Calcutta medical institutions reports 1892-1900
Year: 1892
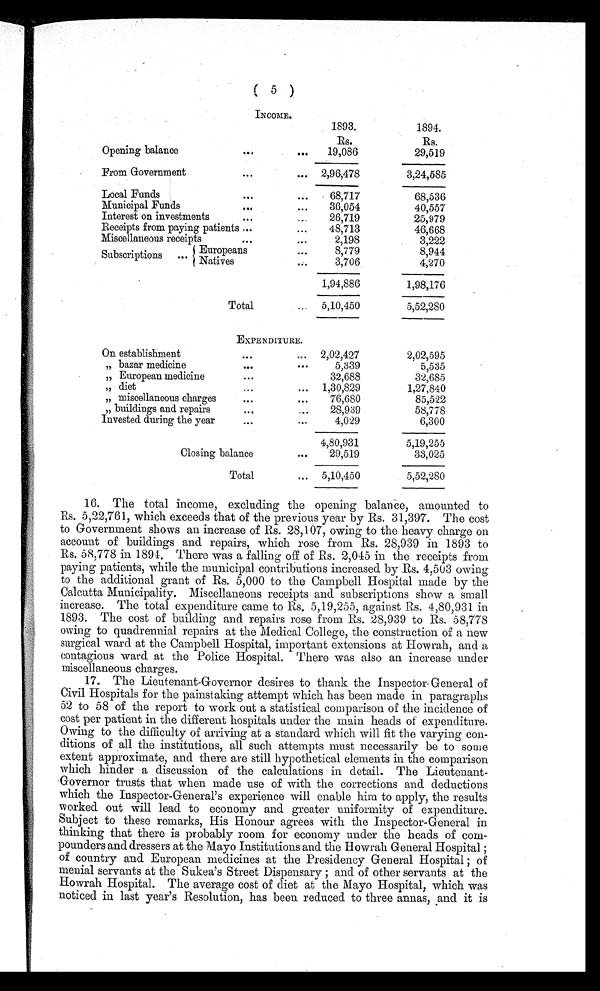
( 5 )
INCOME.
1893.
1894.
Rs.
Rs.
Opening balance
... ...
19,086
29,519
From Government
...
... 2,96,478
3,24,585
Local Funds
...
...
68,717
68,536
Municipal Funds
...
...
36,054
40,557
Interest on investments
... ...
26,719
25,979
Receipts from paying patients ...
...
48,713
46,668
Miscellaneous receipts
...
...
2,198
3,222
Subscriptions
...
Europeans
...
8,779
8,944
Natives
...
3,706
4,270
1,94,886
1,98,176
Total
...
5,10,450
5,52,280
EXPENDITURE.
On establishment
... ...
2,02,427
2,02,595
„ bazar medicine
... ...
5,339
5,535
„ European medicine
...
32,688
32,685
„ diet
...
...
1,30,829
1,27,840
„ miscellaneous charges
...
...
76,680
85,522
„ buildings and repairs
...
...
28,939
58,778
Invested during the year
... ...
4,029
6,300
4,80,931
5,19,255
Closing balance
...
29,519
33,025
Total
...
5,10,450
5,52,280
16. The total income, excluding the opening balance, amounted to
Rs. 5,22,761, which exceeds that of the previous year by Rs. 31,397. The cost
to Government shows an increase of Rs. 28,107, owing to the heavy charge on
account of buildings and repairs, which rose from Rs. 28,939 in 1893 to
Rs. 58,778 in 1894. There was a falling off of Rs. 2,045 in the receipts from
paying patients, while the municipal contributions increased by Rs. 4,503 owing
to the additional grant of Rs. 5,000 to the Campbell Hospital made by the
Calcutta Municipality. Miscellaneous receipts and subscriptions show a small
increase. The total expenditure came to Rs, 5,19,255, against Rs. 4,80,931 in
1893. The cost of building and repairs rose from Rs. 28,939 to Rs. 58,778
owing to quadrennial repairs at the Medical College, the construction of a new
surgical ward at the Campbell Hospital, important extensions at Howrah, and a
contagious ward at the Police Hospital. There was also an increase under
miscellaneous charges.
17. The Lieutenant-Governor desires to thank the Inspector General of
Civil Hospitals for the painstaking attempt which has been made in paragraphs
52 to 58 of the report to work out a statistical comparison of the incidence of
cost per patient in the different hospitals under the main heads of expenditure.
Owing to the difficulty of arriving at a standard which will fit the varying con-
ditions of all the institutions, all such attempts must necessarily be to some
extent approximate, and there are still hypothetical elements in the comparison
which hinder a discussion of the calculations in detail. The Lieutenant-
Governor trusts that when made use of with the corrections and deductions
which the Inspector-General's experience will enable him to apply, the results
worked out will lead to economy and greater uniformity of expenditure.
Subject to these remarks, His Honour agrees with the Inspector-General in
thinking that there is probably room for economy under the heads of
com-pounders and dressers at the Mayo Institutions and the Howrah General Hospital ;
of country and European medicines at the Presidency General Hospital ; of
menial servants at the Sukea's Street Dispensary ; and of other servants at the
Howrah Hospital. The average cost of diet at the Mayo Hospital, which was
noticed in last year's Resolution, has been reduced to three annas, and it is